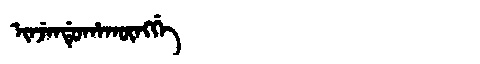
Manchu: ᡳᠨᠵᡝᠨᡩᡠᡥᠠᡴᡡᠩᡤᡝ
Romanization: INJENDUHAKŪNGGE